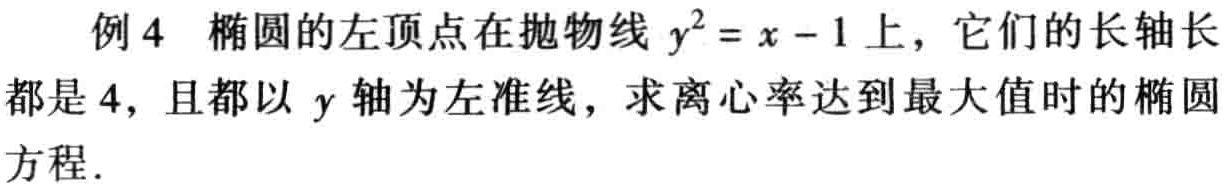
例4 椭圆的左顶点在抛物线 \(y^{2}=x - 1\) 上，它们的长轴长都是4，且都以 \(y\) 轴为左准线，求离心率达到最大值时的椭圆方程.